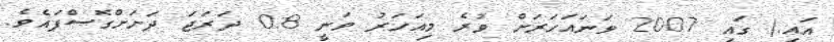
އައި.) ގައި 2007 ވަނައަހަރަށް ވުރެ މިއަހަރު ވަނީ 0.8 ދަރަޖަ ދަށަށްގޮސްފައެވެ.